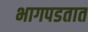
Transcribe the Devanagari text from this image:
भागपडतात